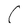
Character: C